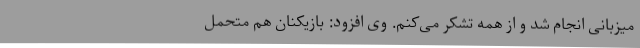
میزبانی انجام شد و از همه تشکر می‌کنم. وی افزود: بازیکنان هم متحمل